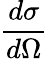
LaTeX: \frac{d\sigma}{d\Omega}